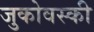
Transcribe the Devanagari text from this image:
जुकोवस्की